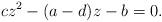
LaTeX: \begin{align*}cz^{2}-(a-d)z-b=0.\end{align*}